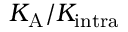
K _ { \mathrm { A } } / K _ { \mathrm { i n t r a } }